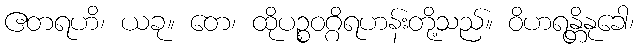
ဧတရဟိ၊ ယခု။ တေ၊ ထိုပဉ္စဝဂ္ဂိရဟန်းတို့သည်။ ဝိဟရန္တိနုခေါ၊